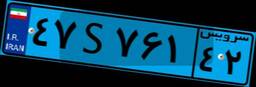
۴۷S۷۶۱۴۲